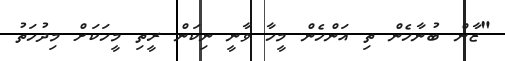
"ޒާން ބުނާހެން ތި އަންހެން މީހާ ވާނީ ނިކަން ރީތި މީހަކަށް މިދުހަތު